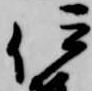
伊